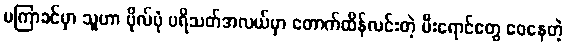
မကြာခင်မှာ သူဟာ ဗိုလ်ပုံ ပရိသတ်အလယ်မှာ တောက်ထိန်လင်းတဲ့ မီးရောင်တွေ ဝေနေတဲ့